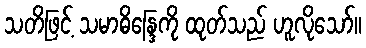
သတိဖြင့် သမာဓိန္ဒြေကို ထုတ်သည် ဟူလိုသော်။